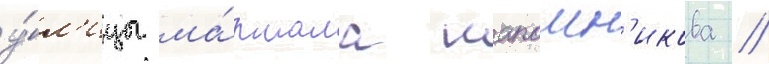
у́л'ицы ма́ршала шапошн'икова //